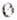
0